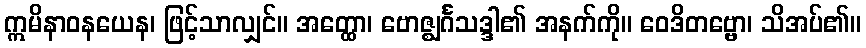
ဣမိနာဝနယေန၊ ဖြင့်သာလျှင်။ အတ္ထော၊ ဗောဇ္ဈင်္ဂသဒ္ဒါ၏ အနက်ကို။ ဝေဒိတဗ္ဗော၊ သိအပ်၏။